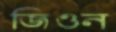
জিওন